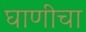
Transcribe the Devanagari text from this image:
घाणीचा